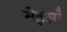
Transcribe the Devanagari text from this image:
मेइसाँ